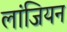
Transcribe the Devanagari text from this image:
लांजियन